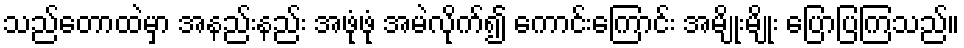
သည်တောထဲမှာ အနည်းနည်း အဖုံဖုံ အမဲလိုက်၍ ကောင်းကြောင်း အမျိုးမျိုး ပြောပြကြသည်။